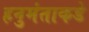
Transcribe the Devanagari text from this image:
हनुमंताकडे